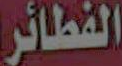
الفطائر